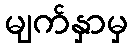
မျက်နှာမှ